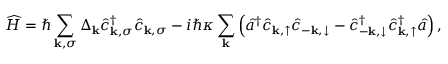
\widehat { H } = \hbar \sum _ { \mathbf { k } , \sigma } \Delta _ { \mathbf { k } } \hat { c } _ { \mathbf { k } , \sigma } ^ { \dagger } \hat { c } _ { \mathbf { k } , \sigma } - i \hbar \kappa \sum _ { \mathbf { k } } \left( \hat { a } ^ { \dagger } \hat { c } _ { \mathbf { k } , \uparrow } \hat { c } _ { - \mathbf { k } , \downarrow } - \hat { c } _ { - \mathbf { k } , \downarrow } ^ { \dagger } \hat { c } _ { \mathbf { k } , \uparrow } ^ { \dagger } \hat { a } \right) ,